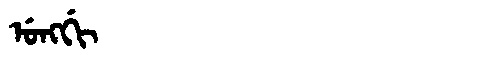
Manchu: ᡠᠩᡤᡳ
Romanization: UNGGI